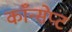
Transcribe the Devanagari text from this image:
काँन्सेप्ट